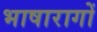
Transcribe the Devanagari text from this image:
भाषारागों